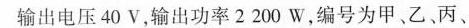
输出电压40V，输出功率2200W，编号为甲、乙、丙、